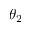
\theta _ { 2 }